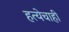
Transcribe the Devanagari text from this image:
हत्येचाही